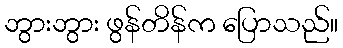
ဘွားဘွား ဖွန်တိန်က ပြောသည်။